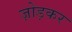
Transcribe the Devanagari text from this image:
ज़ोड़कर